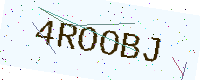
Text: 4ROOBJ